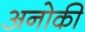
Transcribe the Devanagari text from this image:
अनोकी